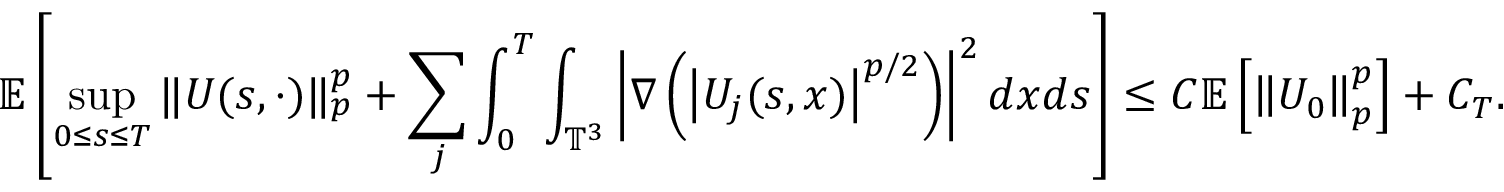
\mathbb { E } \left[ \operatorname* { s u p } _ { 0 \leq s \leq T } \| U ( s , \cdot ) \| _ { p } ^ { p } + \sum _ { j } \int _ { 0 } ^ { T } \int _ { \mathbb { T } ^ { 3 } } \left| \nabla \left( \left| U _ { j } ( s , x ) \right| ^ { p / 2 } \right) \right| ^ { 2 } d x d s \right] \leq C \mathbb { E } \left[ \left\| U _ { 0 } \right\| _ { p } ^ { p } \right] + C _ { T } .